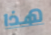
هذا